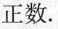
正数.